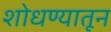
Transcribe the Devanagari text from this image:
शोधण्यातून